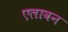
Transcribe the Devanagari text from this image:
एलावन